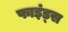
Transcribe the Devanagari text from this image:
फाइंड्स